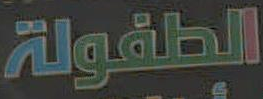
الطفولة